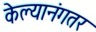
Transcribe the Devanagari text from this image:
केल्यानंगतर